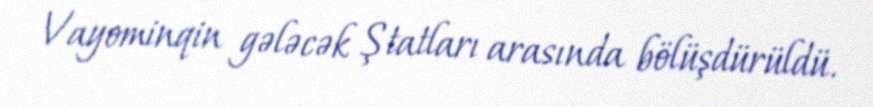
Vayominqin gələcək Ştatları arasında bölüşdürüldü.